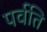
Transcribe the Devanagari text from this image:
पर्वति